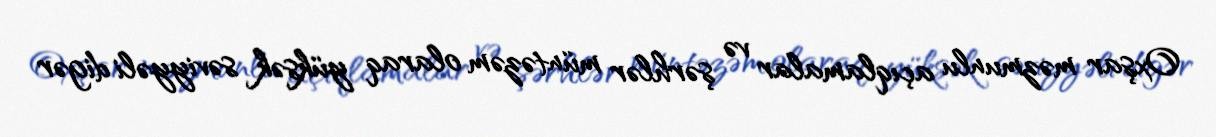
Oxşar məzmunlu açıqlamalar və şərhlər müntəzəm olaraq yüksək səviyyəli digər